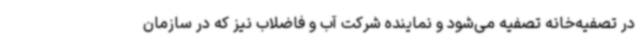
در تصفیه‌خانه تصفیه می‌شود و نماینده شرکت آب و فاضلاب نیز که در سازمان